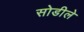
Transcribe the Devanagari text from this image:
सोडीले